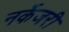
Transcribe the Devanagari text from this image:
नर्केजरी